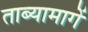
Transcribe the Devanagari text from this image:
ताब्यामागें